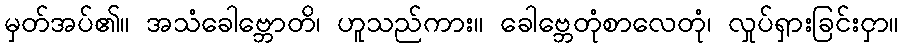
မှတ်အပ်၏။ အသံခေါဗ္ဘောတိ၊ ဟူသည်ကား။ ခေါဗ္ဘေတုံစာလေတုံ၊ လှုပ်ရှားခြင်းငှာ။